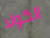
الكولا